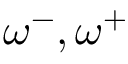
\omega ^ { - } , \omega ^ { + }